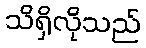
သိရှိလိုသည်